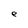
Character: e